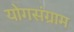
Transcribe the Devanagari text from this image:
योगसंग्राम